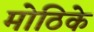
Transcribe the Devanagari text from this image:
मोठिके